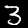
Digit: 3